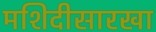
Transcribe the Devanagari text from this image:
मशिदीसारखा